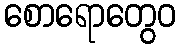
စောရောတွေဝ